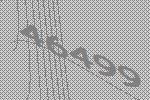
46499